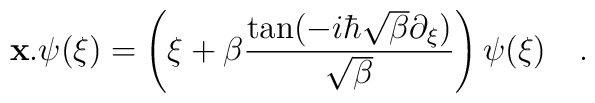
{\bf{x}}.\psi({\xi}) = \left({\xi} + \beta \frac{\tan(-i\hbar\sqrt{\beta}\partial_{{\xi}})}{\sqrt{\beta}}\right) \psi({\xi})\quad .